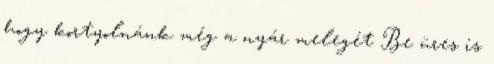
hogy kortyolnánk még a nyár melegét Be üres is